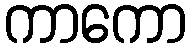
ကာကော